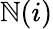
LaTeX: \mathbb{N}(i)